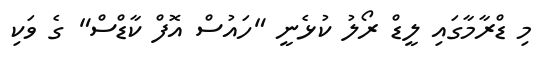
މި ޑްރާމާގައި ލީޑް ރޯލު ކުޅެނީ "ހައުސް އޮފް ކާޑްސް" ގެ ވަކި